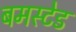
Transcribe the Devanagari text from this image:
बमस्टेड